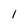
Character: I